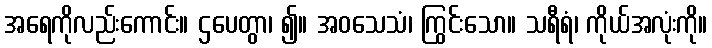
အရေကိုလည်းကောင်း။ ဌပေတွာ၊ ၍။ အဝသေသံ၊ ကြွင်းသော။ သရီရံ၊ ကိုယ်အလုံးကို။